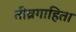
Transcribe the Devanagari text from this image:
तीव्रगाहिता